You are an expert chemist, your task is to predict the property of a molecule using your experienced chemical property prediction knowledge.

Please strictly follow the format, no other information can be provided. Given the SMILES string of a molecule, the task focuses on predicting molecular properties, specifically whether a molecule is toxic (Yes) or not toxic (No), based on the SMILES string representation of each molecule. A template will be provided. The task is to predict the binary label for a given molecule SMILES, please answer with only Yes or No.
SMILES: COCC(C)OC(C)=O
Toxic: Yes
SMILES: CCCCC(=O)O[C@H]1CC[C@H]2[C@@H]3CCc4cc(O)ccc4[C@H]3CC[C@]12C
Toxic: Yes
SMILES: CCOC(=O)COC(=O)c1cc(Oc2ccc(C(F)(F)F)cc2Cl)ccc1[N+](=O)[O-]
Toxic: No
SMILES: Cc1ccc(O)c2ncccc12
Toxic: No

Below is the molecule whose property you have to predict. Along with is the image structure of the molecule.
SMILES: CC(C)CC(=O)OCc1ccccc1
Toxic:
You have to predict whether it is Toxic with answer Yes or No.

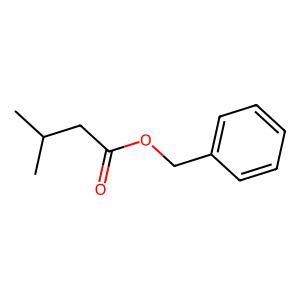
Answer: No